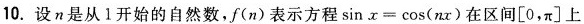
的根的个数，求f(1) + f(2) + f(3) + … + f(100)的值.